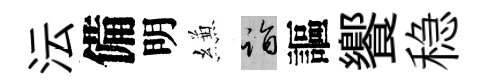
沄備明縑诣謳饗稳